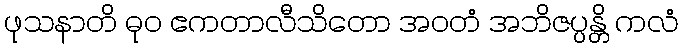
ဖုသနာတိ ဓုဝ ဧကတာလီသိတော အဝတံ အဘိဇပ္ပန္တိ ကလံ